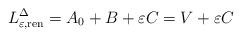
LaTeX: \begin{align*}{L}^\Delta_{\varepsilon, {\rm ren}} = A_0 +B + \varepsilon C = V + \varepsilon C \end{align*}